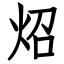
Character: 炤